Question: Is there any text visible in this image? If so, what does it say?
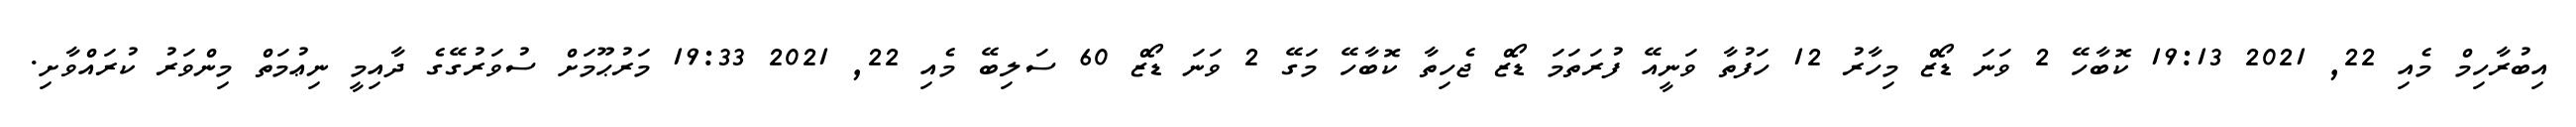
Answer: އިބުރާހިމް މެއި 22, 2021 19:13 ކޮބާހޭ 2 ވަނަ ޑޯޒް މިހާރު 12 ހަފުތާ ވަނީއޭ ފުރަތަމަ ޑޯޒް ޖެހިތާ ކޮބާހޭ މަގޭ 2 ވަނަ ޑޯޒް 60 ސަލިބޭ މެއި 22, 2021 19:33 މަރުޙޫމަށް ސުވަރުގޭގެ ދާއިމީ ނިޢުމަތް މިންވަރު ކުރައްވާށި.